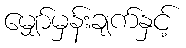
မျှော်မှန်းချက်နှင့်